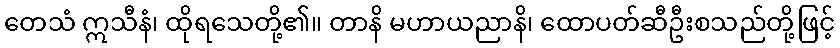
တေသံ ဣသီနံ၊ ထိုရသေတို့၏။ တာနိ မဟာယညာနိ၊ ထောပတ်ဆီဦးစသည်တို့ဖြင့်